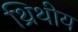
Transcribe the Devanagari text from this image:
थ्रिथीय